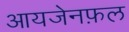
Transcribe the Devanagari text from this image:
आयजेनफ़ल